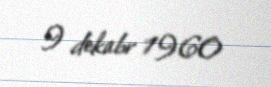
9 dekabr 1960